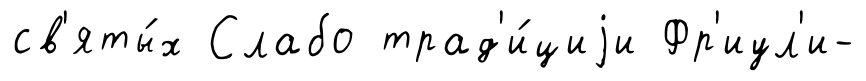
св'яты́х Слабо трад'и́циjи Фр'иул'и-